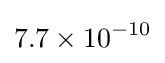
7.7\times 10^{-10}